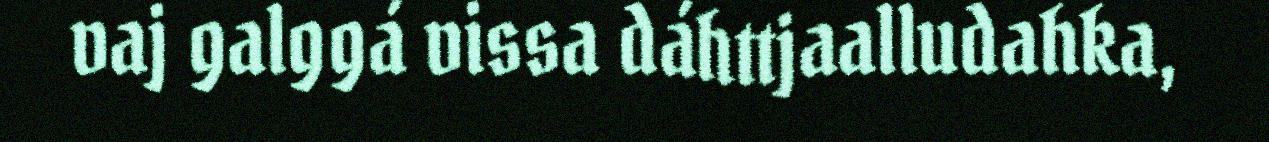
vaj galggá vissa dáhttjaalludahka,